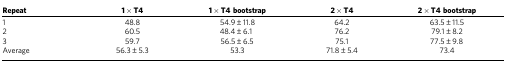
| Repeat | 1 × T4 | 1 × T4 bootstrap | 2 × T4 | 2 × T4 bootstrap |
 | --- | --- | --- | --- | --- |
 | 1 | 48.8 | 54.9±11.8 | 64.2 | 63.5±11.5 |
 | 2 | 60.5 | 48.4±6.1 | 76.2 | 79.1±8.2 |
 | 3 | 59.7 | 56.5±6.5 | 75.1 | 77.5±9.8 |
 | Average | 56.3±5.3 | 53.3 | 71.8±5.4 | 73.4 |